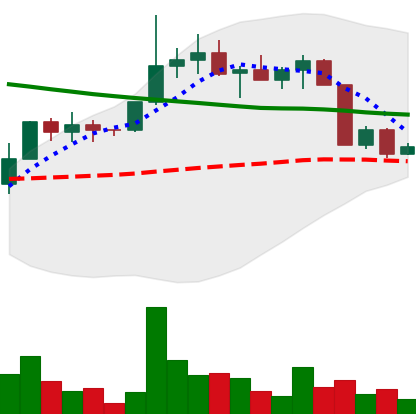
Ticker: EOS-USD
Chart end date: 2022-04-09
Forward return: -4.596%
Label: down_3_5